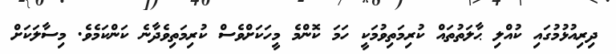
ދިރިއުޅުމުގައި ކުއްލި ޙާލަތުތައް ކުރިމަތިވުމަކީ ހަމަ ކޮންމެ މީހަކަށްވެސް ކުރިމަތިވެދާނެ ކަންކަމެވެ. މިސާލަކަށް